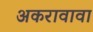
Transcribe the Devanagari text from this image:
अकरावावा